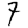
Digit: 7